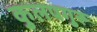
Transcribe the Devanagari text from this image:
कुलपगुरू